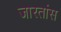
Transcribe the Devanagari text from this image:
जारतांस